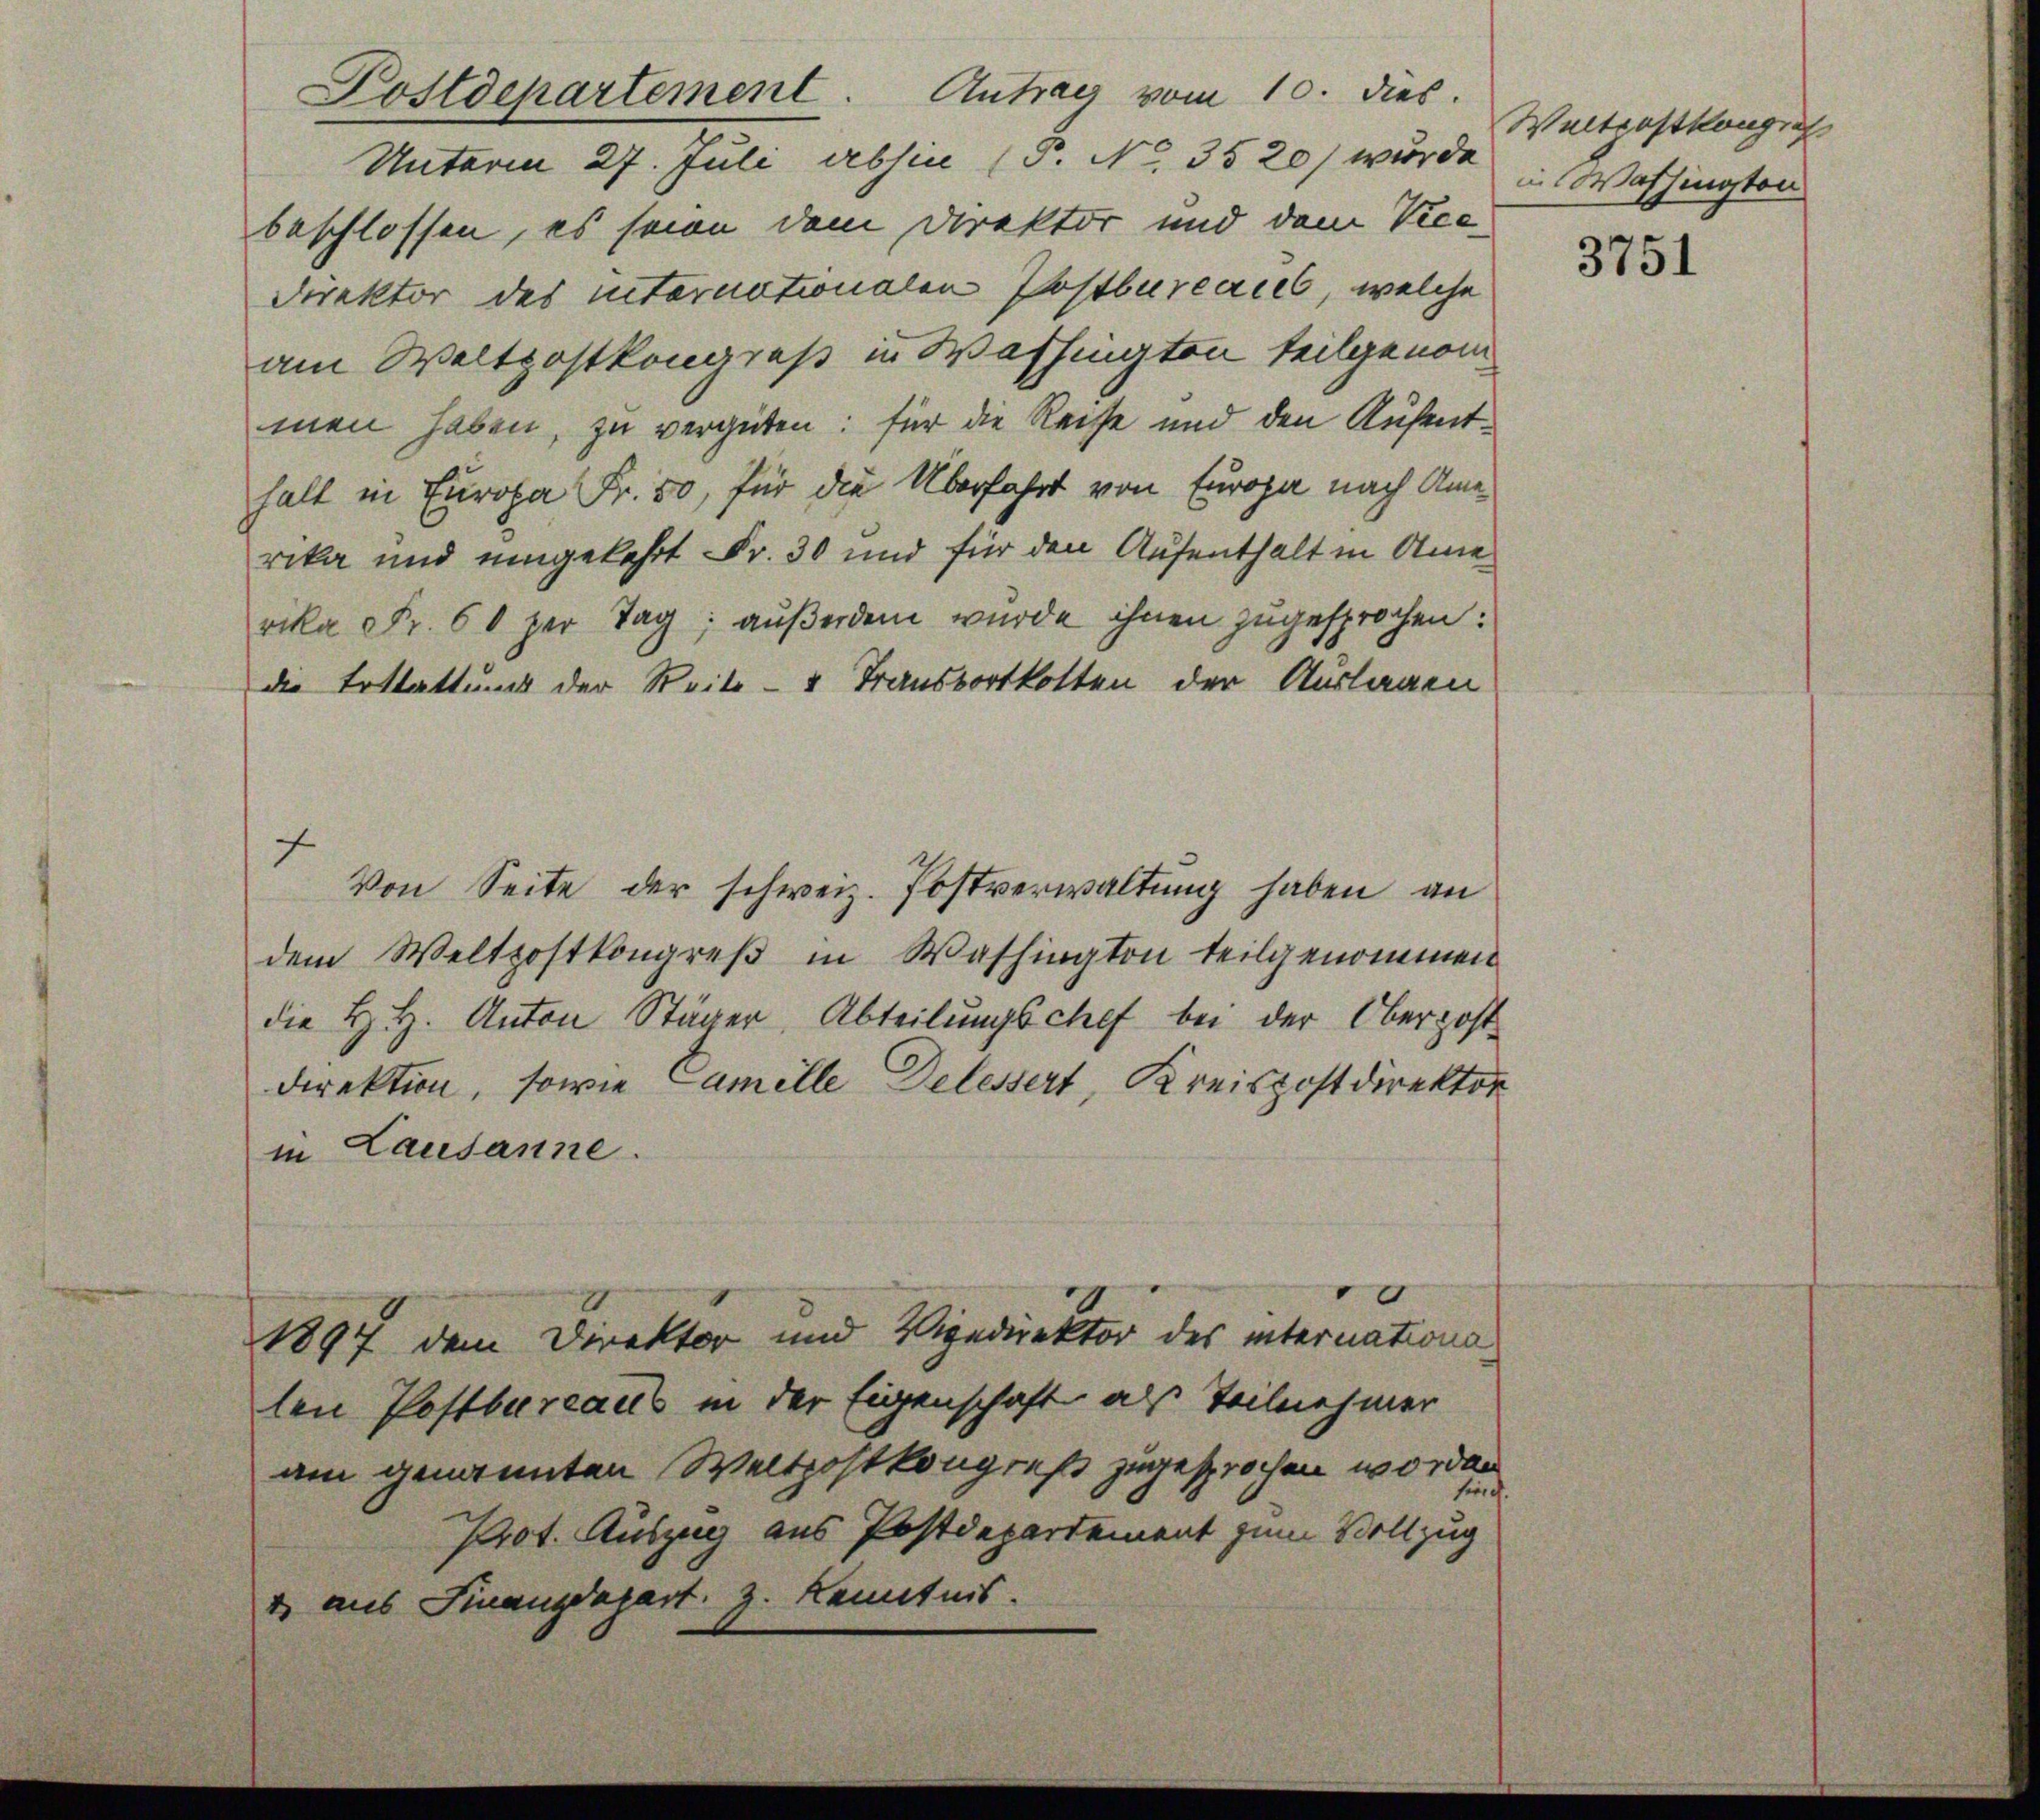
Postdepartement. Antrag vom 10. dies.
Unterm 27. Juli abhin (P. No. 3520) wurde
beschlossen, es seien dem Direktor und dem Vice
Direktor des internationalen Postbureaues, welche
am Weltpostkongreß in Washingten teilgenommen haben, zu vergüten: für die Reise und den Aufent¬

halt in Europa Fr. 50, für die Überfahrt von Europa nach Amerika und umgekehrt Fr. 30 und für den Aufenthalt in Ame
rika Fr. 60 per Tag außerdem wurde ihnen zugesprochen:
f
Von Seite der schweiz. Postverwaltung haben an
dem Weltzostkongreß in Washington teilgenommen
die H. H. Anton Stäger Abteilungschef bei der Oberpost
direktion, sowie Camille Delessert, Kreispostdirektor
in Lausanne.
1897 dem Direktor und Vigedirektor des internations
len Postbureaus in der Eigenschaft als Teilnehmer
am genannten Weltpostkongreß zugesprochen worden
Prot. Auszug aus Postdepartement zum Vollzug
& aus Finanzdepart z. Kenntnis.

die Erstattung der Reits- & Transportkotten der Auslagen

Weltpostkangen
in Washington

3751